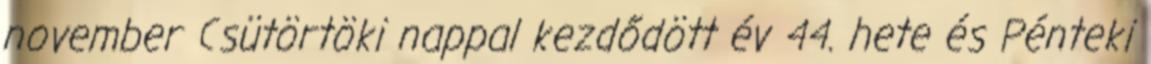
november Csütörtöki nappal kezdődött év 44. hete és Pénteki